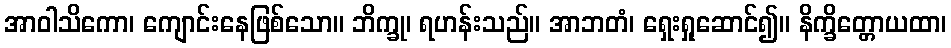
အာဝါသိကော၊ ကျောင်းနေဖြစ်သော။ ဘိက္ခု၊ ရဟန်းသည်။ အာဘတံ၊ ရှေးရှုဆောင်၍။ နိက္ခိတ္တောယထာ၊